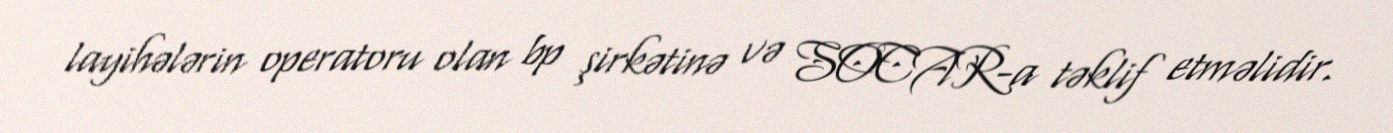
layihələrin operatoru olan bp şirkətinə və SOCAR-a təklif etməlidir.